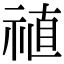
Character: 禃